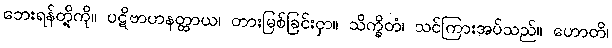
ဘေးရန်တို့ကို။ ပဋိဗာဟနတ္ထာယ၊ တားမြစ်ခြင်းငှာ။ သိက္ခိတံ၊ သင်ကြားအပ်သည်။ ဟောတိ၊